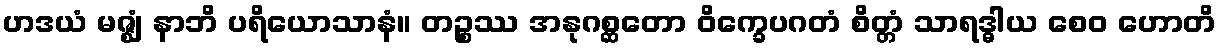
ဟဒယံ မဇ္ဈံ နာဘိ ပရိယောသာနံ။ တဉ္စဿ အနုဂစ္ဆတော ဝိက္ခေပဂတံ စိတ္တံ သာရဒ္ဓါယ စေဝ ဟောတိ